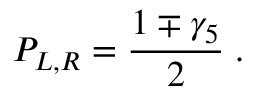
P _ { L , R } = \frac { 1 \mp \gamma _ { 5 } } { 2 } \; .